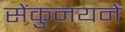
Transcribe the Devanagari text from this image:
सेंकुनयने